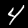
Label: 4